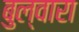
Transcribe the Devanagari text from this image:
बुल्वारा